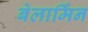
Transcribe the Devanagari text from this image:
बेलार्मिन